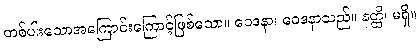
တစ်ပါးသောအကြောင်းကြောင့်ဖြစ်သော။ ဝေဒနာ၊ ဝေဒနာသည်။ နတ္ထိ၊ မရှိ။